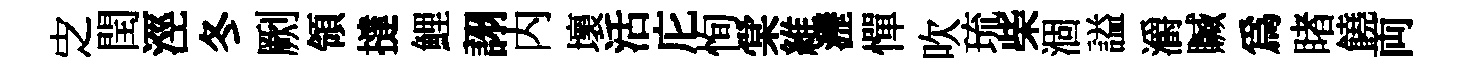
㝎閏涇冬劂領撻鯉詡内壞活庀恂棠維瀝憚吹琉柴涸謚灂贓為睹饒両